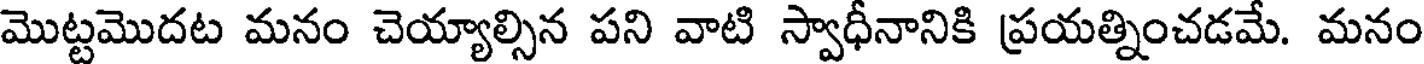
మొట్టమొదట మనం చెయ్యాల్సిన పని వాటి స్వాధీనానికి ప్రయత్నించడమే. మనం